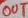
Text: OUT